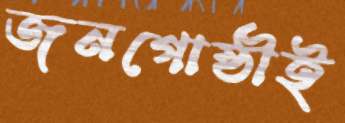
জনগোষ্ঠীই